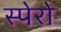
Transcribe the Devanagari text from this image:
स्पेरो